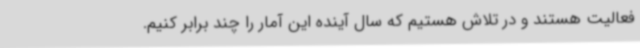
فعالیت هستند و در تلاش هستیم که سال آینده این آمار را چند برابر کنیم.